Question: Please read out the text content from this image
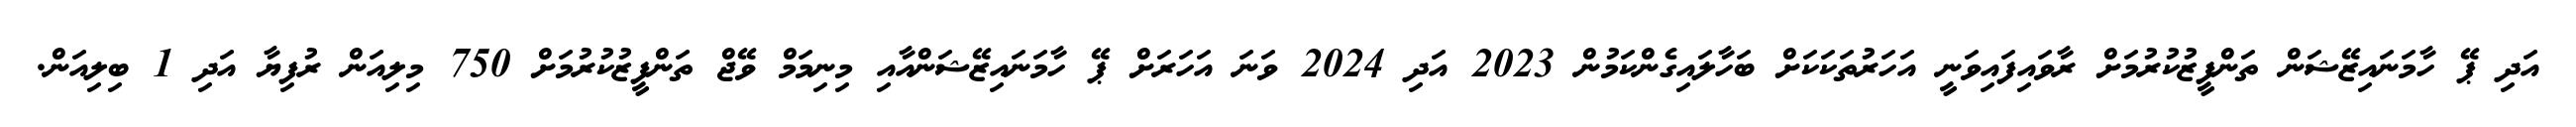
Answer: އަދި ޕޭ ހާމަނައިޒޭޝަން ތަންފީޒުކުރުމަށް ރާވައިފައިވަނީ އަހަރުތަކަކަށް ބަހާލައިގެންކަމުން 2023 އަދި 2024 ވަނަ އަހަރަށް ޕޭ ހާމަނައިޒޭޝަންއާއި މިނިމަމް ވޭޖް ތަންފީޒުކުރުމަށް 750 މިލިއަން ރުފިޔާ އަދި 1 ބިލިއަން.